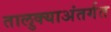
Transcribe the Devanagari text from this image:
तालुक्याअंतर्गत